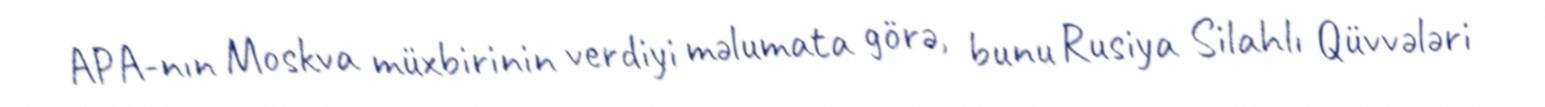
APA-nın Moskva müxbirinin verdiyi məlumata görə, bunu Rusiya Silahlı Qüvvələri